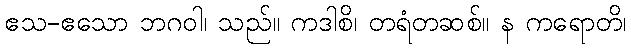
ဧသ-ဧသော ဘဂဝါ၊ သည်။ ကဒါစိ၊ တရံတဆစ်။ န ကရောတိ၊